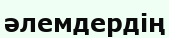
әлемдердің